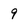
Character: 9